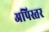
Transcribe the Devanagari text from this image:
अपिस्तर